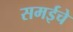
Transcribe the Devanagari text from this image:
समईचे